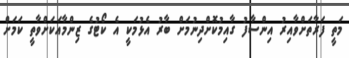
މަތީ ފަރާތަށްވާއިރު އިންސާފު ގާއިމުކޮށްދިނުމަށް ބާރު އެޅުމަކީ އެ ކޯޓުގެ ޒިންމާއަކަށްވާތީ ކަމަށް